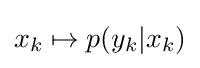
x_{k}\mapsto p(y_{k}|x_{k})